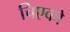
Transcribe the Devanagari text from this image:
चिएको